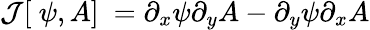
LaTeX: \mathcal{J}[\ \psi,A]\ ={\partial_{x}}\psi{\partial_{y}}A-{\partial_{y}}\psi{\partial_{x}}A